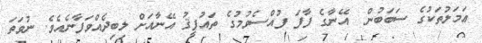
ޢަމަލުތަކުގެ ސަބަބުން  އޭނާގެ ފާފަ ފުއްސެވުމުގެ ތައުފީޤު އޭނާއަށް ލިބިދެއްވަފާނެއެވެ. ނުވަތަ